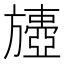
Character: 𣄟